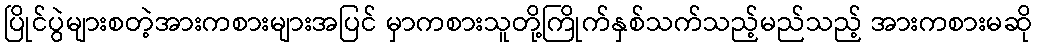
ပြိုင်ပွဲများစတဲ့အားကစားများအပြင် မှာကစားသူတို့ကြိုက်နှစ်သက်သည့်မည်သည့် အားကစားမဆို